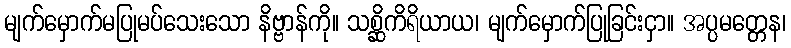
မျက်မှောက်မပြုမပ်သေးသော နိဗ္ဗာန်ကို။ သစ္ဆိကိရိယာယ၊ မျက်မှောက်ပြုခြင်းငှာ။ အပ္ပမတ္တေန၊